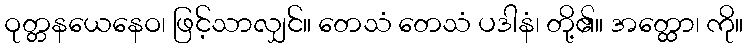
ဝုတ္တနယေနေဝ၊ ဖြင့်သာလျှင်။ တေသံ တေသံ ပဒါနံ၊ တို့၏။ အတ္ထော၊ ကို။